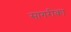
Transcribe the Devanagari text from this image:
सागरीका